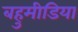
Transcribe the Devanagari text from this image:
बहुमीडिया